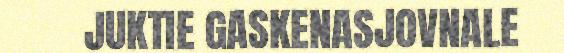
JUKTIE GASKENASJOVNALE